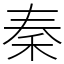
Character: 秦